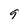
Character: q